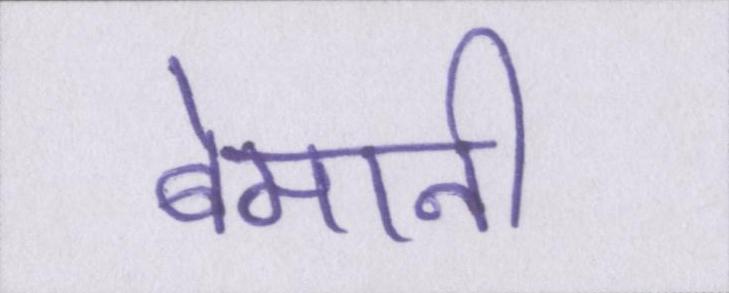
बेमानी